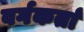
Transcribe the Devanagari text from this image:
वर्गकर्ता